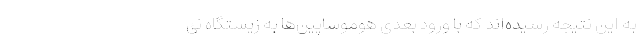
به این نتیجه رسیده‌اند که با ورود بعدی هوموساپین‌ها به زیستگاه نئ